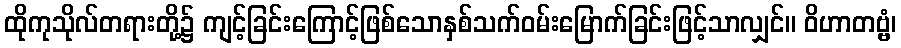
ထိုကုသိုလ်တရားတို့၌ ကျင့်ခြင်းကြောင့်ဖြစ်သောနှစ်သက်ဝမ်းမြောက်ခြင်းဖြင့်သာလျှင်။ ဝိဟာတဗ္ဗံ၊